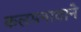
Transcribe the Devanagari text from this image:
कलमनावाने